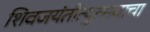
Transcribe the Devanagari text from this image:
शिवजयंतीत्युत्सवाचा